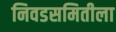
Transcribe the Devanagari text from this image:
निवडसमितीला